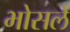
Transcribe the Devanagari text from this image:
भोसलें